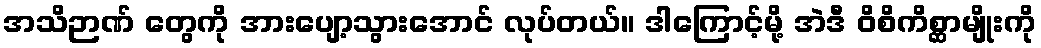
အသိဉာဏ် တွေကို အားပျော့သွားအောင် လုပ်တယ်။ ဒါကြောင့်မို့ အဲဒီ ဝိစိကိစ္ဆာမျိုးကို